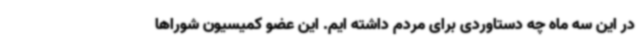
در این سه ماه چه دستاوردی برای مردم داشته ایم. این عضو کمیسیون شوراها